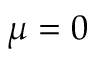
\mu = 0